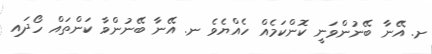
ށ. އޭނާ ބޭނުންވަނީ ކޮންކަމެއް ހެއްޔެވެ ނ. އޭނާ ބޭނުންވާ ކަންތައް ހޯދައި